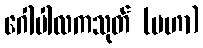
ဂေါပါလကသုတ် (မဟာ)